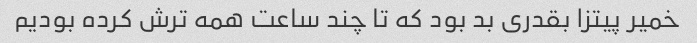
خمیر پیتزا بقدری بد بود که تا چند ساعت همه ترش کرده بودیم